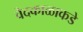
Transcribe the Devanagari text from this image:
वेदकाळाकडे